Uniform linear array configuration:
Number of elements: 64
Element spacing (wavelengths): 0.25
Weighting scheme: cosine
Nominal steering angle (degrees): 45
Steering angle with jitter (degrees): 46.676
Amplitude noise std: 0.05
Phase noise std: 0.05

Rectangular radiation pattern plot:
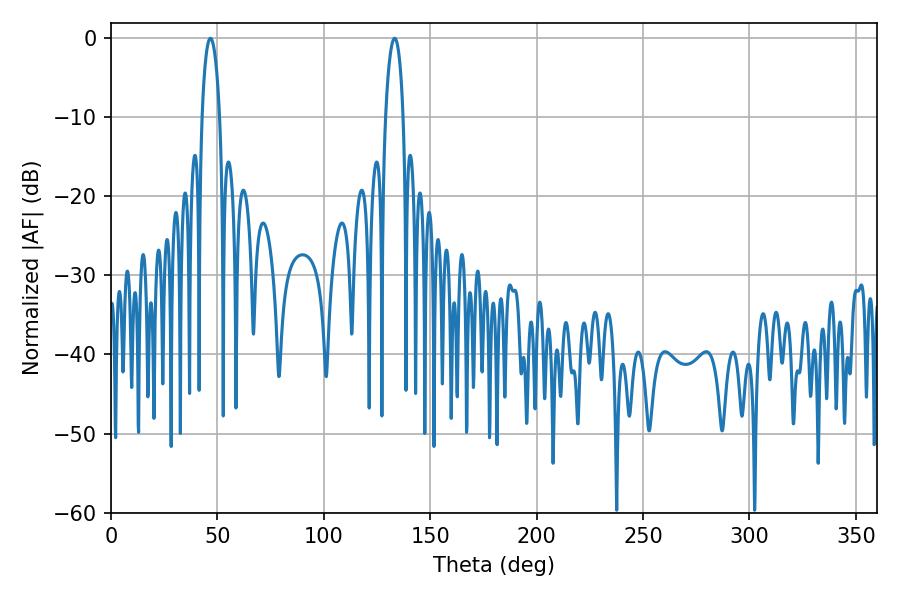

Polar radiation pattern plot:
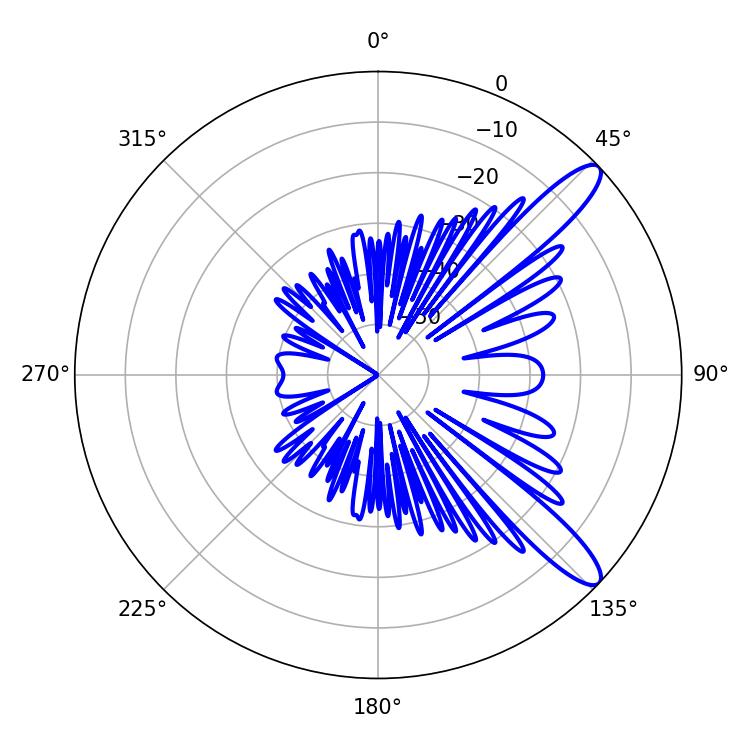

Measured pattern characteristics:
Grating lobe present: FALSE
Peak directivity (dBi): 11.724
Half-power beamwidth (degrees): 4.68
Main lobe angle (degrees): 46.8